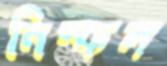
নিস্ফল